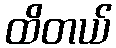
ထိတယ်